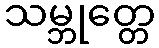
သမ္ဘုတ္တေ